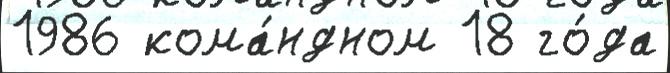
1986 кома́ндном 18 го́да